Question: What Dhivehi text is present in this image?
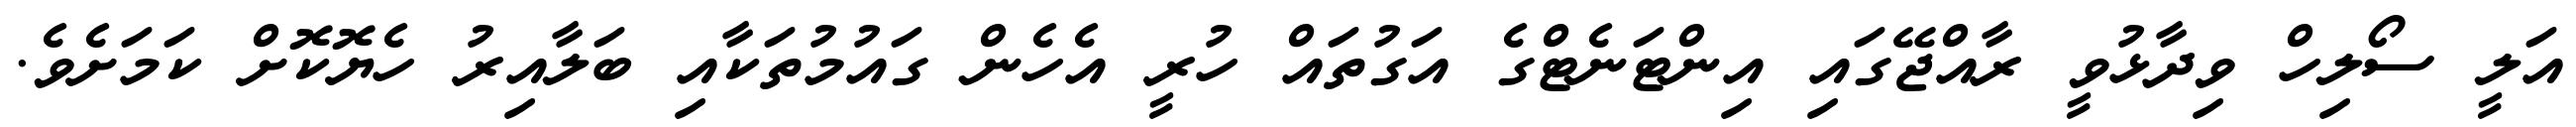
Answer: އަލީ ސޯލިހް ވިދާޅުވީ ރާއްޖޭގައި އިންޓަނެޓްގެ އަގުތައް ހުރީ އެހެން ގައުމުތަކާއި ބަލާއިރު ހެޔޮކޮށް ކަމަށެވެ.